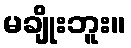
မချိုးဘူး။